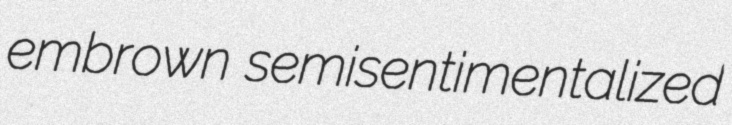
embrown semisentimentalized